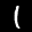
Label: 1